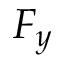
F _ { y }